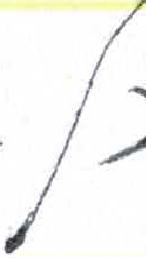
אות: מ